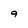
Character: 9